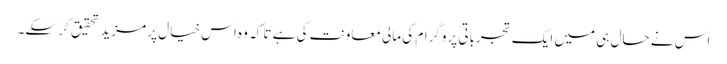
اس نے حال ہی میں ایک تجرباتی پروگرام کی مالی معاونت کی ہے تا کہ وہ اس خیال پر مزید تحقیق کر سکے۔